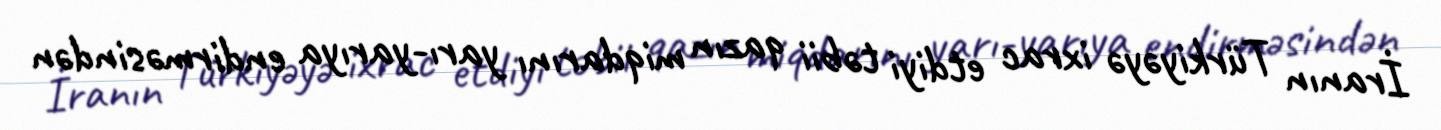
İranın Türkiyəyə ixrac etdiyi təbii qazın miqdarını yarı-yarıya endirməsindən